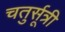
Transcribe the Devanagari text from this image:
चतुर्सूत्री